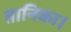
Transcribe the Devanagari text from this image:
तानिका।